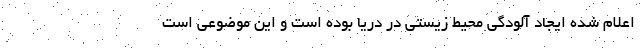
اعلام شده ایجاد آلودگی محیط زیستی در دریا بوده است و این موضوعی است